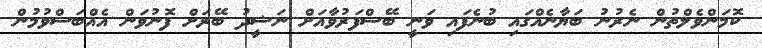
ކޮމަންވެލްތުން ނެރުނު ބަޔާނެއްގައި ބުނެފައި ވަނީ ބޭސްފަރުވާއަށް ނަޝީދު ބޭރަށް ފޮނުވަން އެއްބަސްވުމުން